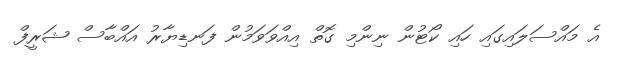
އެ މައްސަލައިގައި ހައި ކޯޓުން ނިންމި ގޮތް އިއްވަވަމުން ފަނޑިޔާރު އައްބާސް ޝަރީފް